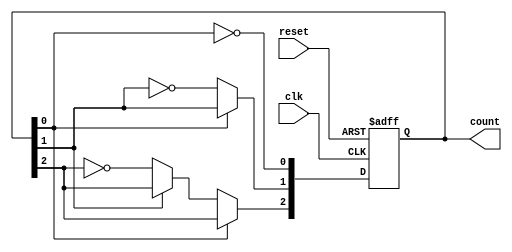
module async_counter (
    input wire clk,          // Clock input
    input wire reset,        // Asynchronous reset
    output reg [2:0] count   // 3-bit counter output
);

// Asynchronous reset and counting logic
always @(posedge clk or posedge reset) begin
    if (reset) begin
        count <= 3'b000;    // Reset the count to 0
    end else begin
        // T flip-flop behavior
        count[0] <= ~count[0]; // Toggle the least significant bit
        if (count[0] == 1'b0) begin
            count[1] <= ~count[1]; // Toggle the second bit on LSB falling edge
            if (count[1] == 1'b0) begin
                count[2] <= ~count[2]; // Toggle the third bit on second bit falling edge
            end
        end
    end
end

endmodule